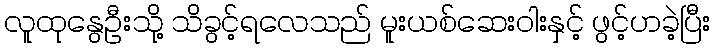
လူထုနွေဦးသို့ သိခွင့်ရလေသည် မူးယစ်ဆေးဝါးနှင့် ဖွင့်ဟခဲ့ပြီး